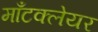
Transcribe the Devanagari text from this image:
माँटक्लेयर